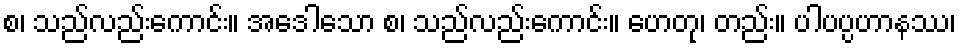
စ၊ သည်လည်းကောင်း။ အဒေါသော စ၊ သည်လည်းကောင်း။ ဟေတု၊ တည်း။ ပါပပ္ပဟာနဿ၊